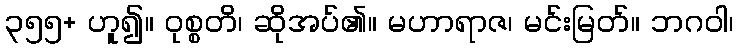
၃၅၅+ ဟူ၍။ ဝုစ္စတိ၊ ဆိုအပ်၏။ မဟာရာဇ၊ မင်းမြတ်။ ဘဂဝါ၊